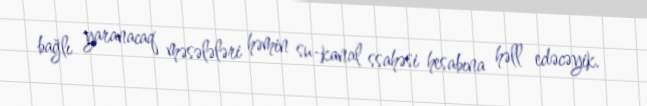
bağlı yaranacaq məsələləri həmin su-kanal ssahəsi hesabına həll edəcəyik.